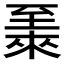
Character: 𫇏